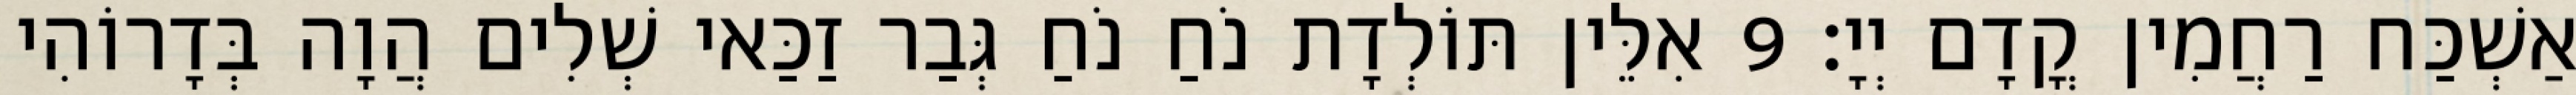
אַשְׁכַּח רַחֲמִין קֳדָם יְיָ׃ 9 אִלֵּין תּוֹלְדָת נֹחַ נֹחַ גְּבַר זַכַּאי שְׁלִים הֲוָה בְּדָרוֹהִי